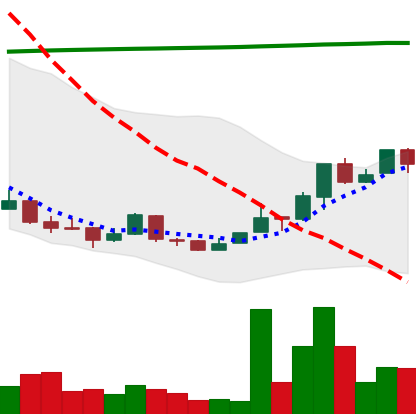
Ticker: NEO-USD
Chart end date: 2018-04-16
Forward return: 12.434%
Label: up_7plus